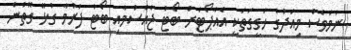
ނަމަވެސް މިއަދުގެ ހަގީގަތަކީ އެއާޕޯޓަށް ބޯޓު ޖެއްސުމާއި ބޯޓު ފުރުމާ ގުޅޭ ގޮތުން